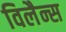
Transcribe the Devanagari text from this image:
विलैन्स